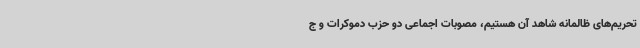
تحریم‌های ظالمانه شاهد آن هستیم، مصوبات اجماعی دو حزب دموکرات و ج